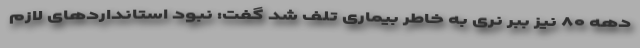
دهه ۸۰ نیز ببر نری به خاطر بیماری تلف شد گفت: نبود استانداردهای لازم